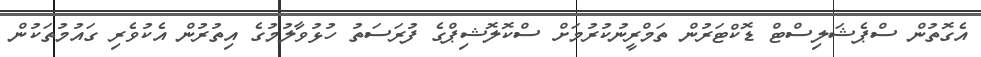
އެގޮތުން ސްޕެޝަލިސްޓް ޑޮކްޓަރުން ތަމްރީނުކުރުމަށް ސްކޮލޮޝިޕްގެ ފުރަސަތު ހުޅުވާލުމުގެ އިތުރުން އެކުވެރި ގައުމުތަކުން